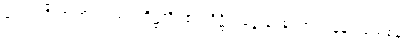
သော။ ဝိညာဏံ၊ သည်။ တိဋ္ဌတိ၊ ၏။ ဒိဋ္ဌိသလ္လေန၊ ကြောင့်။ နန္ဒူပသေစနံ၊